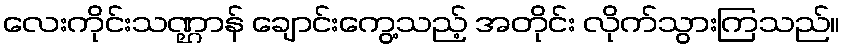
လေးကိုင်းသဏ္ဌာန် ချောင်းကွေ့သည့် အတိုင်း လိုက်သွားကြသည်။